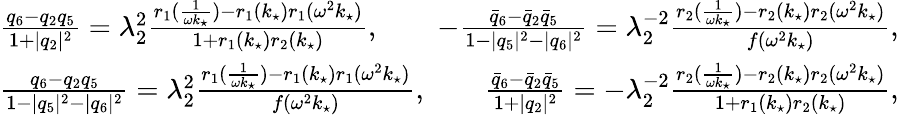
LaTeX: \begin{array}{r}{\frac{q_{6}-q_{2}q_{5}}{1+|q_{2}|^{2}}=\lambda_{2}^{2}\frac{r_{1}(\frac{1}{\omega k_{\star}})-r_{1}(k_{\star})r_{1}(\omega^{2}k_{\star})}{1+r_{1}(k_{\star})r_{2}(k_{\star})},\qquad-\frac{\bar{q}_{6}-\bar{q}_{2}\bar{q}_{5}}{1-|q_{5}|^{2}-|q_{6}|^{2}}=\lambda_{2}^{-2}\frac{r_{2}(\frac{1}{\omega k_{\star}})-r_{2}(k_{\star})r_{2}(\omega^{2}k_{\star})}{f(\omega^{2}k_{\star})},}\\ {\frac{q_{6}-q_{2}q_{5}}{1-|q_{5}|^{2}-|q_{6}|^{2}}=\lambda_{2}^{2}\frac{r_{1}(\frac{1}{\omega k_{\star}})-r_{1}(k_{\star})r_{1}(\omega^{2}k_{\star})}{f(\omega^{2}k_{\star})},\qquad\frac{\bar{q}_{6}-\bar{q}_{2}\bar{q}_{5}}{1+|q_{2}|^{2}}=-\lambda_{2}^{-2}\frac{r_{2}(\frac{1}{\omega k_{\star}})-r_{2}(k_{\star})r_{2}(\omega^{2}k_{\star})}{1+r_{1}(k_{\star})r_{2}(k_{\star})},}\end{array}